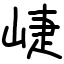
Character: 崨